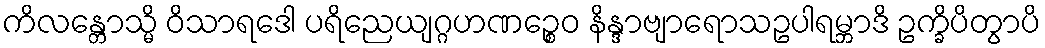
ကိလန္တောသ္မိ ဝိသာရဒေါ ပရိညေယျဂ္ဂဟဏဉ္စေဝ နိန္ဒာဗျာရောသဥပါရမ္ဘာဒိ ဥက္ခိပိတွာပိ